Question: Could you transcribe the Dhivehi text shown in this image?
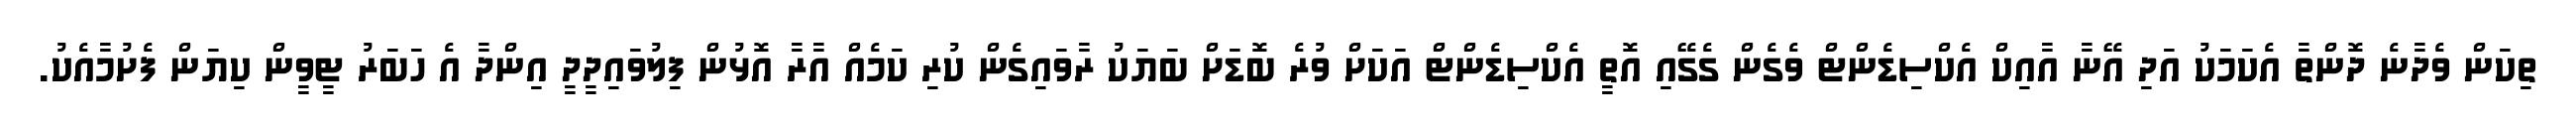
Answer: ތިކަން ވެދާނެ ދޮންތާ އެކަމަކު އަދި އޭނާ އާއިކް އެކްސިޑެންޓް ވެގެން ގެގޭއި އޮތީ އެކްސިޑެންޓް އަކަށް ވުރެ ބޮޑަށް ބަޔަކު ރާވައިގެން ކުރި ކަމެއް އާރާ އޮޅުން ފިލުވައިދީދީ އިންދާ އެ ހަބަރު ޓީވީން ކިޔަން ފެށުމާއެކު.